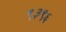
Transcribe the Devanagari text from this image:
९३९६